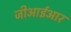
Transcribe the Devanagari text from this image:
जीआईआर